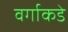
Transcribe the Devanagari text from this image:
वर्गाकडे